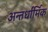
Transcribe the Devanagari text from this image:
अन्तर्धार्मिक